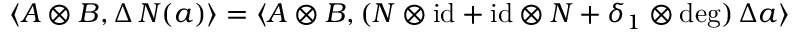
\langle A \otimes B , \Delta \, N ( a ) \rangle = \langle A \otimes B , ( N \otimes \mathrm { i d } + \mathrm { i d } \otimes N + \delta _ { 1 } \otimes \deg ) \, \Delta a \rangle